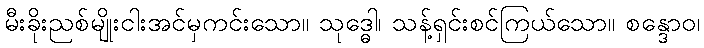
မီးခိုးညစ်မျိုးငါးအင်မှကင်းသော။ သုဒ္ဓေါ၊ သန့်ရှင်းစင်ကြယ်သော။ စန္ဒောဝ၊